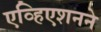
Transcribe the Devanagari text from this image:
एव्हिएशनने